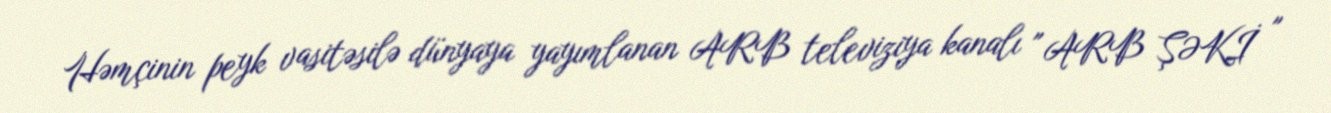
Həmçinin peyk vasitəsilə dünyaya yayımlanan ARB televiziya kanalı " ARB ŞƏKİ "